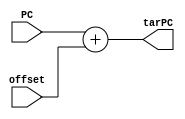
module Adder(input[15:0] offset,PC,
             output[15:0] tarPC);
             
assign tarPC = PC + offset;

endmodule